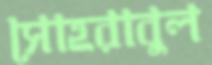
সোহরাবুল